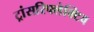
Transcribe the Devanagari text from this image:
ट्रांसरिफ्लेक्टिव